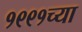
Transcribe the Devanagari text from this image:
१९९१च्या